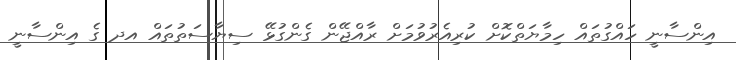
އިންސާނީ ހައްގުތައް ހިމާޔަތްކޮށް ކުރިއެރުވުމަށް ރާއްޖޭން ގެންގުޅޭ ސިޔާސަތުތައް އދ ގެ އިންސާނީ